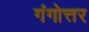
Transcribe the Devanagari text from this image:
गंगोत्तर